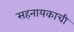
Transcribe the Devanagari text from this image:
सहनायकाची